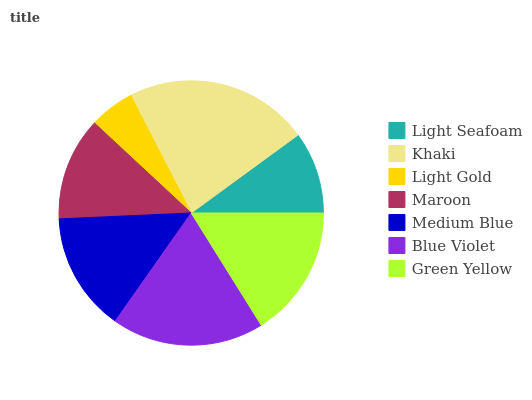
| Light Seafoam | Khaki | Light Gold | Maroon | Medium Blue | Blue Violet | Green Yellow |
 | --- | --- | --- | --- | --- | --- | --- |
 | 10.1% | 22.5% | 5.53% | 12.6% | 14.6% | 18.6% | 16.1% |